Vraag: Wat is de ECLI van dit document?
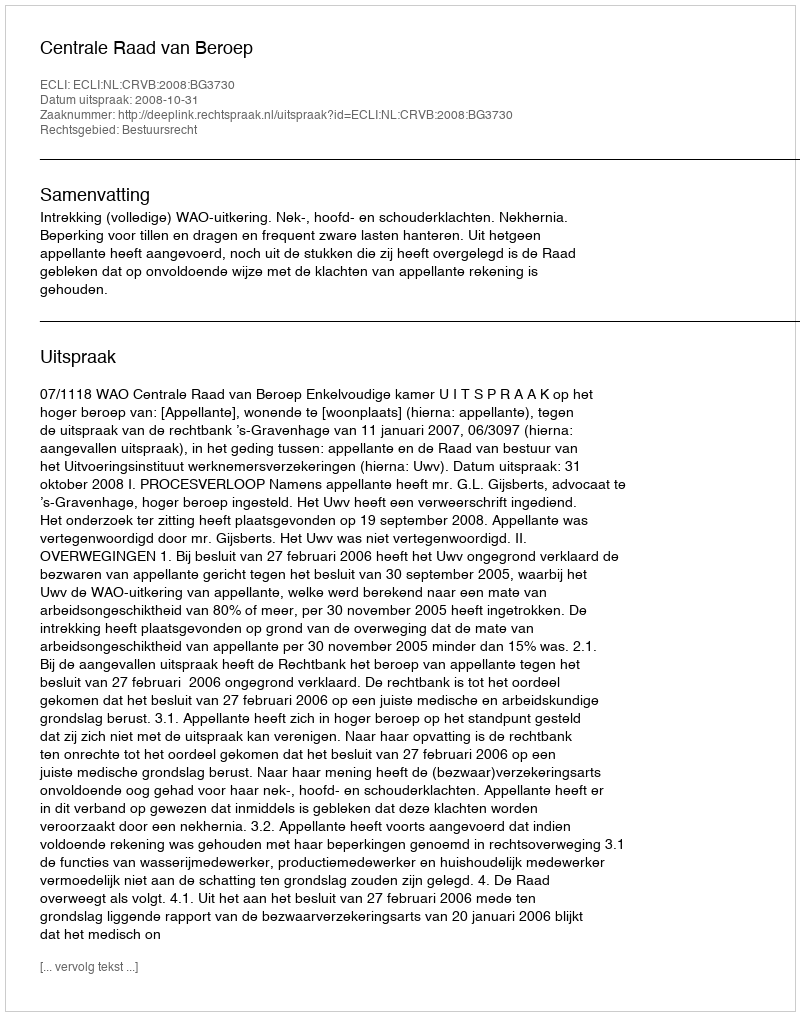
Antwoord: ECLI:NL:CRVB:2008:BG3730